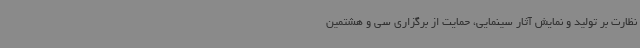
نظارت بر تولید و نمایش آثار سینمایی، حمایت از برگزاری سی و هشتمین